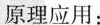
原理应用：